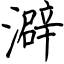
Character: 澼